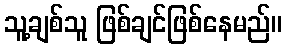
သူ့ချစ်သူ ဖြစ်ချင်ဖြစ်နေမည်။